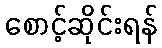
စောင့်ဆိုင်းရန်